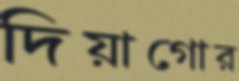
দিয়াগোর